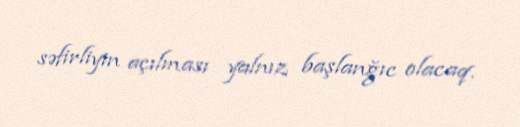
səfirliyin açılması yalnız başlanğıc olacaq.